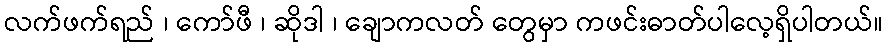
လက်ဖက်ရည် ၊ ကော်ဖီ ၊ ဆိုဒါ ၊ ချောကလတ် တွေမှာ ကဖင်းဓာတ်ပါလေ့ရှိပါတယ်။